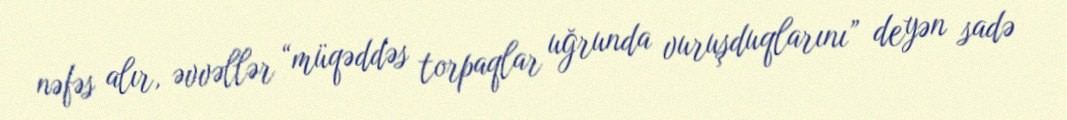
nəfəs alır, əvvəllər “müqəddəs torpaqlar uğrunda vuruşduqlarını” deyən sadə